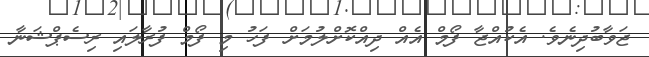
ޖަވާބުދިނެވެ. އެކުއްޖާ ފޯމް އެއް ދިއްކޮށްލުމަށް ފަހު މި ފޯމް ފުރާލައި ރިސެޕްޝަނާ